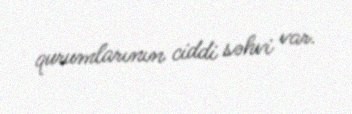
qurumlarının ciddi səhvi var.